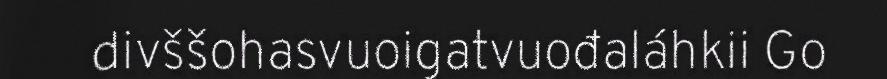
divššohasvuoigatvuođaláhkii Go